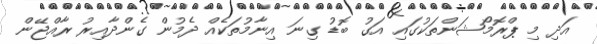
އަދި މި ޕްރޮމޯޝަންތަކުގައި އަގު ބޮޑު ގިނަ އިނާމުތަކެއް ދެމުން ގެންދާއިރު ރާއްޖޭން